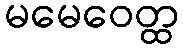
မမေဝေတ္ထ